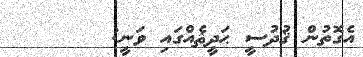
އެގޮތުން ޤުދުސީ ޙަދީޘެއްގައި ވަނީ: